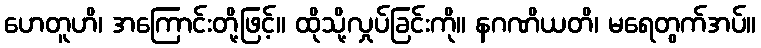
ဟေတူဟိ၊ အကြောင်းတို့ဖြင့်။ ထိုသို့လှုပ်ခြင်းကို။ နဂဏိယတိ၊ မရေတွက်အပ်။